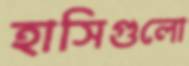
হাসিগুলো